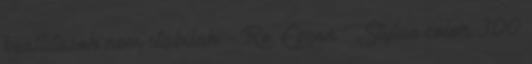
beallitasok nem stabilak. - Re: Epson Stylus color 300